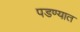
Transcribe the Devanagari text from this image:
पडण्यात